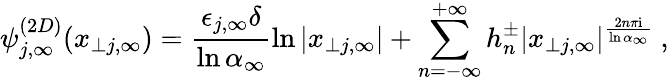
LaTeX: \psi_{j,\infty}^{(2D)}(x_{\perp j,\infty})=\frac{\epsilon_{j,\infty}\delta}{\ln\alpha_{\infty}}\ln|x_{\perp j,\infty}|+\sum_{n=-\infty}^{+\infty}h_{n}^{\pm}|x_{\perp j,\infty}|^{\frac{2n\pi\mathrm{i}}{\ln\alpha_{\infty}}}~,